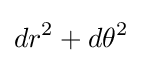
dr^{2}+d\theta ^{2}